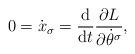
LaTeX: \begin{gather*} 0 = \dot{x} _\sigma = \frac{\mathrm{d}}{\mathrm{d}t} \frac{ \partial L }{ \partial \dot{\theta} ^\sigma },\end{gather*}